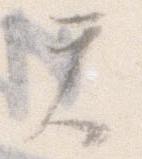
て